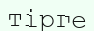
тірге